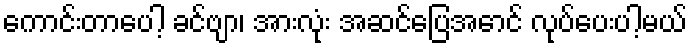
ကောင်းတာပေါ့ ခင်ဗျာ၊ အားလုံး အဆင်ပြေအောင် လုပ်ပေးပါ့မယ်